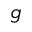
g